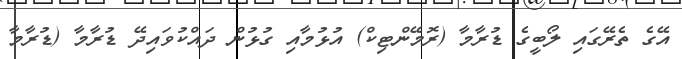
އޭގެ ތެރޭގައި ލޯބީގެ ޑުރާމާ (ރޮމޭންޓިކް) އުޅުމާއި ގުޅުން ދައްކުވައިދޭ ޑުރާމާ (ޑުރާމާ